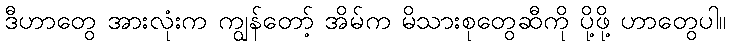
ဒီဟာတွေ အားလုံးက ကျွန်တော့် အိမ်က မိသားစုတွေဆီကို ပို့ဖို့ ဟာတွေပါ။